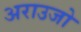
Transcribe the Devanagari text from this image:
अराउजो